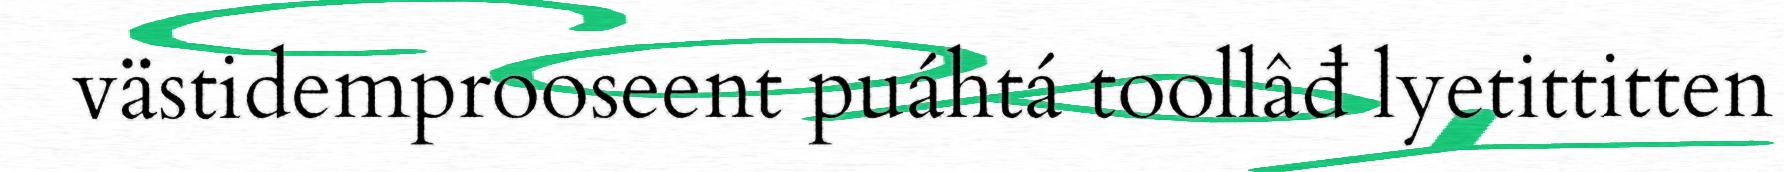
västidemprooseent puáhtá toollâđ lyetittitten